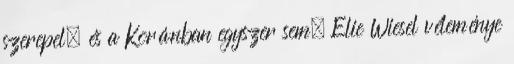
szerepel, és a Koránban egyszer sem. Elie Wiesel véleménye